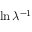
\ln \lambda ^ { - 1 }